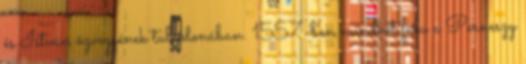
és István özvegyének tulajdonában. 1557-ben mindkét falu a Perneszy